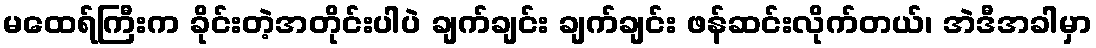
မထေရ်ကြီးက ခိုင်းတဲ့အတိုင်းပါပဲ ချက်ချင်း ချက်ချင်း ဖန်ဆင်းလိုက်တယ်၊ အဲဒီအခါမှာ